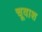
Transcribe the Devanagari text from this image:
चूवाश